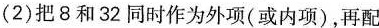
(2)把8和32同时作为外项(或内项)，再配